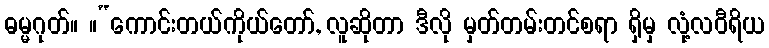
ဓမ္မဂုတ်။ ။“ကောင်းတယ်ကိုယ်တော်, လူဆိုတာ ဒီလို မှတ်တမ်းတင်စရာ ရှိမှ လုံ့လဝီရိယ